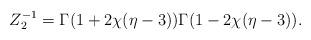
LaTeX: \begin{align*}Z_{2}^{-1}=\Gamma(1+2\chi(\eta-3))\Gamma(1-2\chi(\eta-3)).\end{align*}